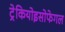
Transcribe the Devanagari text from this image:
ट्रेकियोइसोफेगल